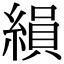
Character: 縜